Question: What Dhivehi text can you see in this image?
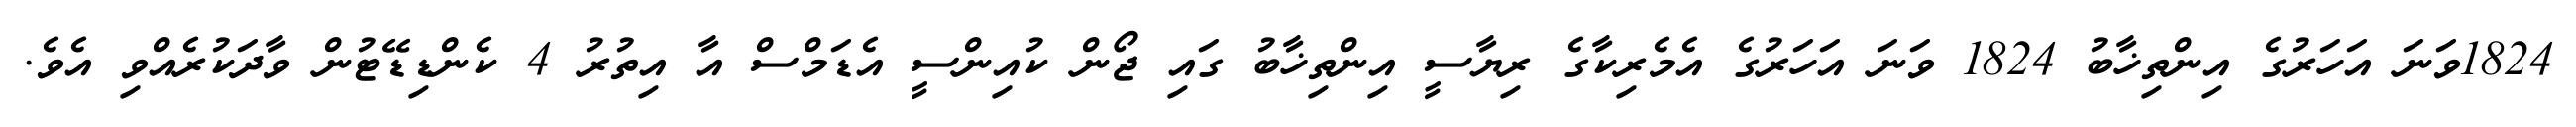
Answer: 1824ވަނަ އަހަރުގެ އިންތިޚާބު 1824 ވަނަ އަހަރުގެ އެމެރިކާގެ ރިޔާސީ އިންތިޚާބު ގައި ޖޯން ކުއިންސީ އެޑަމްސް އާ އިތުރު 4 ކެންޑިޑޭޓުން ވާދަކުރެއްވި އެވެ.